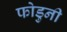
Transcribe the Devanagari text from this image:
फोडुनी